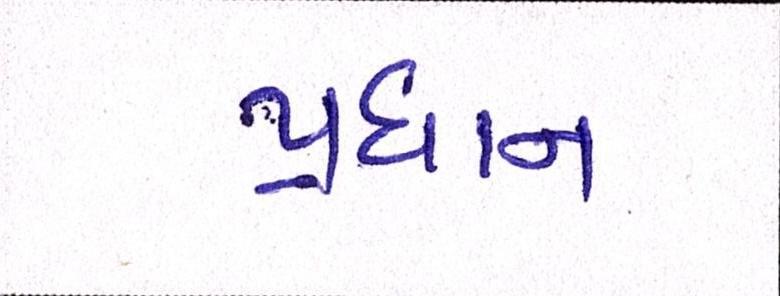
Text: પ્રધાન